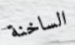
الساخنة